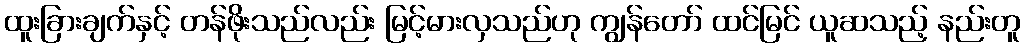
ထူးခြားချက်နှင့် တန်ဖိုးသည်လည်း မြင့်မားလှသည်ဟု ကျွန်တော် ထင်မြင် ယူဆသည့် နည်းတူ